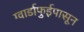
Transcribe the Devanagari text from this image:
ग्वार्डाफुईपासून